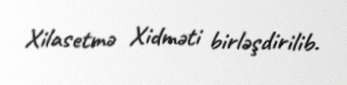
Xilasetmə Xidməti birləşdirilib.